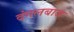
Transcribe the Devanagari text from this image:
दंगलबाज